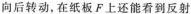
向后转动，在纸板F上还能看到反射